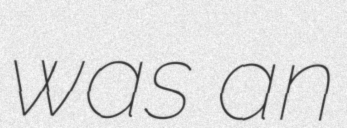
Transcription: was an